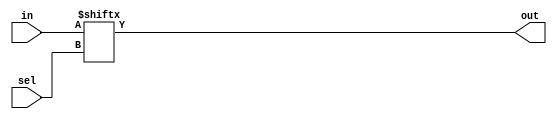
`timescale 1ns / 1ps

module mux2x1(in,sel,out);
    input [1:0]in;
    input sel;
    output out;
    assign out=in[sel];
endmodule